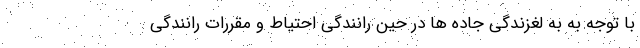
با توجه به به لغزندگی جاده ها در حین رانندگی احتیاط و مقررات رانندگی